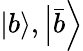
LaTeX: {\left|{b}\right\rangle},{\left|{\bar{b}}\right\rangle}